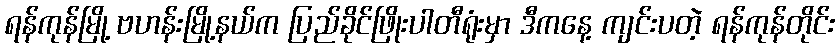
ရန်ကုန်မြို့ ဗဟန်းမြို့နယ်က ပြည်ခိုင်ဖြိုးပါတီရုံးမှာ ဒီကနေ့ ကျင်းပတဲ့ ရန်ကုန်တိုင်း